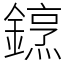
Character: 䥋